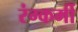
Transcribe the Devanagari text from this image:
रंग्कर्मी